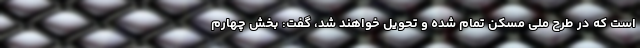
است که در طرح ملی مسکن تمام شده و تحویل خواهند شد، گفت: بخش چهارم